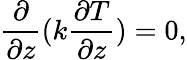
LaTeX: \frac{\partial}{\partial z}(k\frac{\partial T}{\partial z})=0,